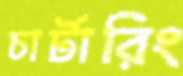
চার্টারিং